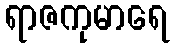
ရာဇကုမာရေ